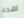
اهدء